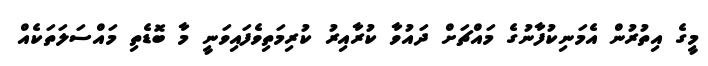
މީގެ އިތުރުން އެމަނިިކުފާނުގެ މައްޗަށް ދައުވާ ކުރާއިރު ކުރިމަތިވެފައިވަނީ މާ ބޮޑެތި މައްސަލަތަކެއް